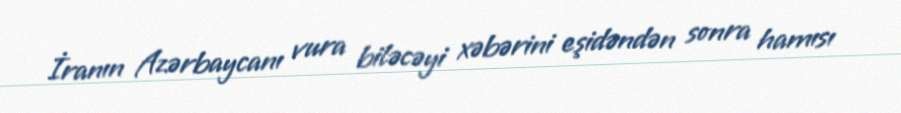
İranın Azərbaycanı vura biləcəyi xəbərini eşidəndən sonra hamısı